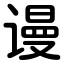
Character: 谩